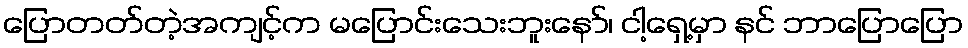
ပြောတတ်တဲ့အကျင့်က မပြောင်းသေးဘူးနော်၊ ငါ့ရှေ့မှာ နင် ဘာပြောပြော